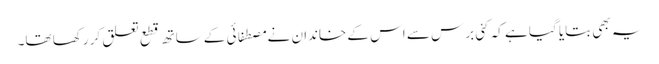
یہ بھی بتایا گیا ہے کہ کئی برس سے اس کے خاندان نے مصطفائی کے ساتھ قطع تعلق کر رکھا تھا۔